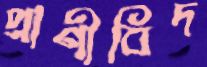
প্রাণীবিদ